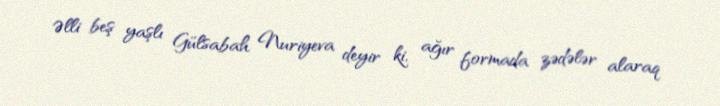
Əlli beş yaşlı Gülsabah Nuriyeva deyir ki, ağır formada zədələr alaraq